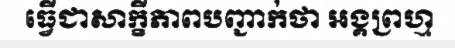
ធ្វើជាសាក្ខីភាពបញ្ជាក់ថា អង្គព្រហ្ម